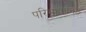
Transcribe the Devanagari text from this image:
परिभाषानिष्ठ